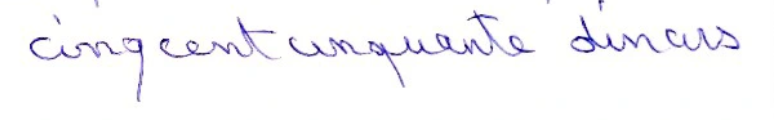
cinq cent cinquante dinars